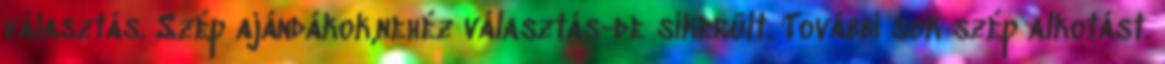
választás. Szép ajándákok,nehéz választás-de sikerült. További sok szép alkotást.